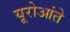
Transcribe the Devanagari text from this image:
यूरोआंते